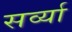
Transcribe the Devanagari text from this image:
सर्व्या